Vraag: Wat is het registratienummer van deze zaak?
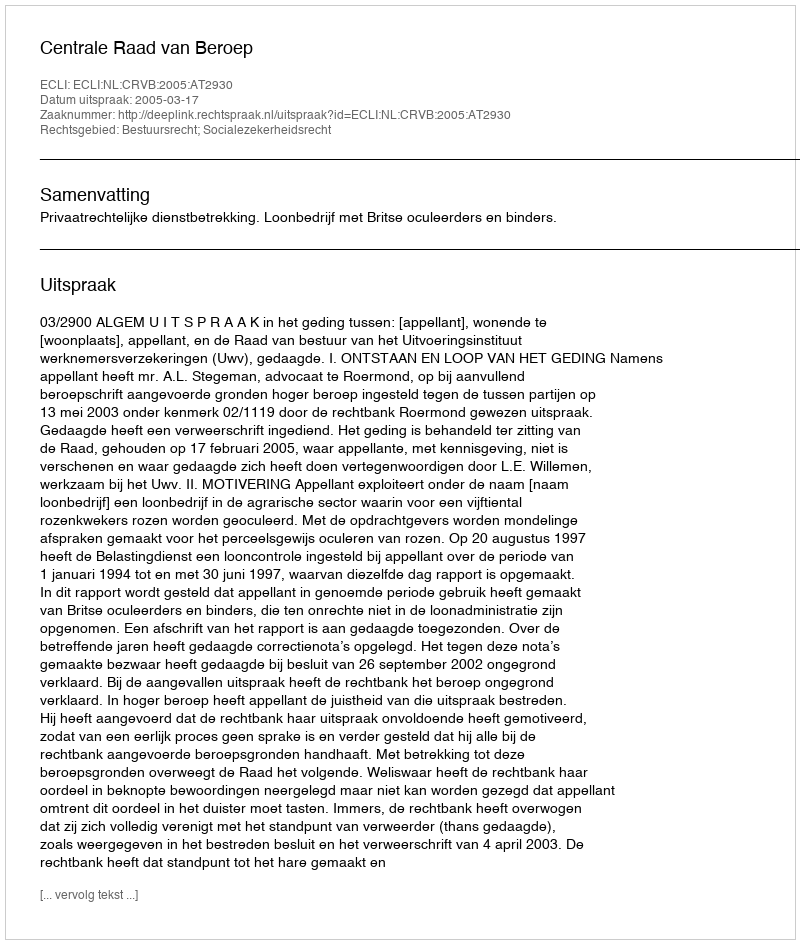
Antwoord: http://deeplink.rechtspraak.nl/uitspraak?id=ECLI:NL:CRVB:2005:AT2930